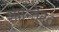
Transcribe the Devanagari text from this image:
शान्तिदूत